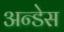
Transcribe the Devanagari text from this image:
अन्डेस